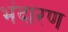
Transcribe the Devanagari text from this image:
भंदारण